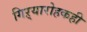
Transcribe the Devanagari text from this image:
गिऱ्यारोहकही